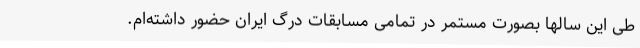
طی این سالها بصورت مستمر در تمامی مسابقات درگ ایران حضور داشته‌ام.